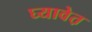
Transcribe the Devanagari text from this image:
घ्यावेत़